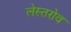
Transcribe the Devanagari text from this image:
लेस्तरोव